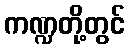
ကဏ္ဍတို့တွင်